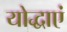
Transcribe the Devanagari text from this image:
योद्धाएं